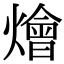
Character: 燴